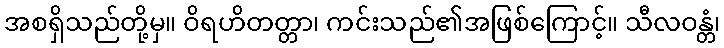
အစရှိသည်တို့မှ။ ဝိရဟိတတ္တာ၊ ကင်းသည်၏အဖြစ်ကြောင့်။ သီလဝန္တံ၊